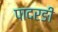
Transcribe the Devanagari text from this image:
पादरङी